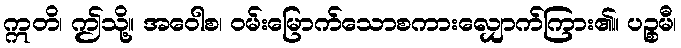
ဣတိ၊ ဤသို့။ အဝေါစ၊ ဝမ်းမြောက်သောစကားလျှောက်ကြား၏။ ပဉ္စမီ၊